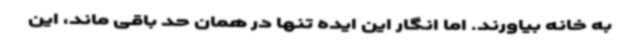
به خانه بیاورند. اما انگار این ایده تنها در همان حد باقی ماند، این